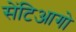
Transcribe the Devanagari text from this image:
सेंटिआगो